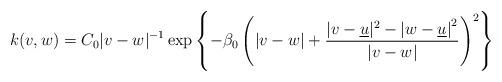
LaTeX: \begin{align*} k(v,w)=C_0|v-w|^{-1}\exp \left\{-\beta_0 \left( |v-w|+\dfrac{|v-\underline{u}|^2-{|w-\underline{u}|}^2}{|v-w|}\right)^2\right\}\end{align*}